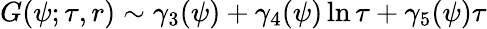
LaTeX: G(\psi;\tau,r)\sim\gamma_{3}(\psi)+\gamma_{4}(\psi)\ln\tau+\gamma_{5}(\psi)\tau